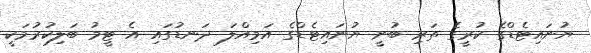
ޔުނައިޓެޑްގެ ކުރީގެ ތަރި ބުނީ ޔުނައިޓެޑްގެ އަމިއްލަ ދަނޑުގައި އެ ޓީމު ބަލިކުރުމަކީ